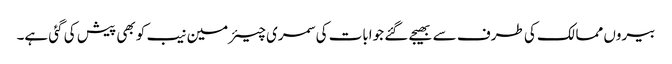
بیروں ممالک کی طرف سے بھیجے گئے جوابات کی سمری چیئرمین نیب کو بھی پیش کی گئی ہے۔